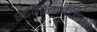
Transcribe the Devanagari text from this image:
स्टेगोग्राफिक